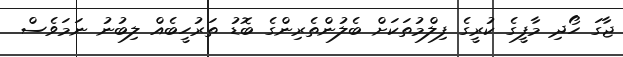
ޖާގަ ހޯދި މާފީގެ ކުރީގެ ފިލްމުތަކަށް ބެލުންތެރިންގެ ބޮޑު ތަރުހީބެއް ލިބުނު ނަމަވެސް